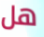
هل